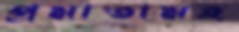
প্রমাতামহ